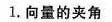
1.向量的夹角